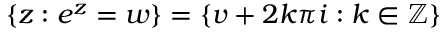
\left\{ z : e ^ { z } = w \right\} = \{ v + 2 k \pi i : k \in \mathbb { Z } \}